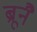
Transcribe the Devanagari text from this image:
ब्रूनै